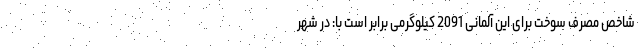
شاخص مصرف سوخت برای این آلمانی 2091 کیلوگرمی برابر است با: در شهر